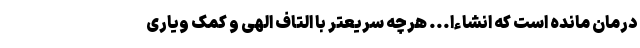
درمان مانده است که انشاءا...‌‌ هرچه سریعتر با التاف الهی و کمک ویاری